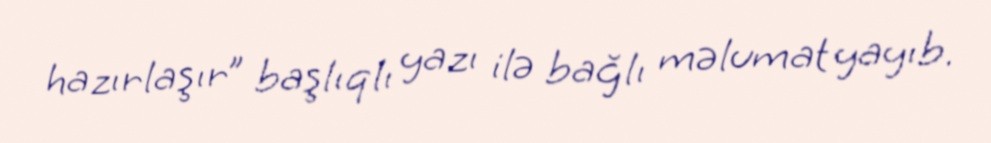
hazırlaşır” başlıqlı yazı ilə bağlı məlumat yayıb.